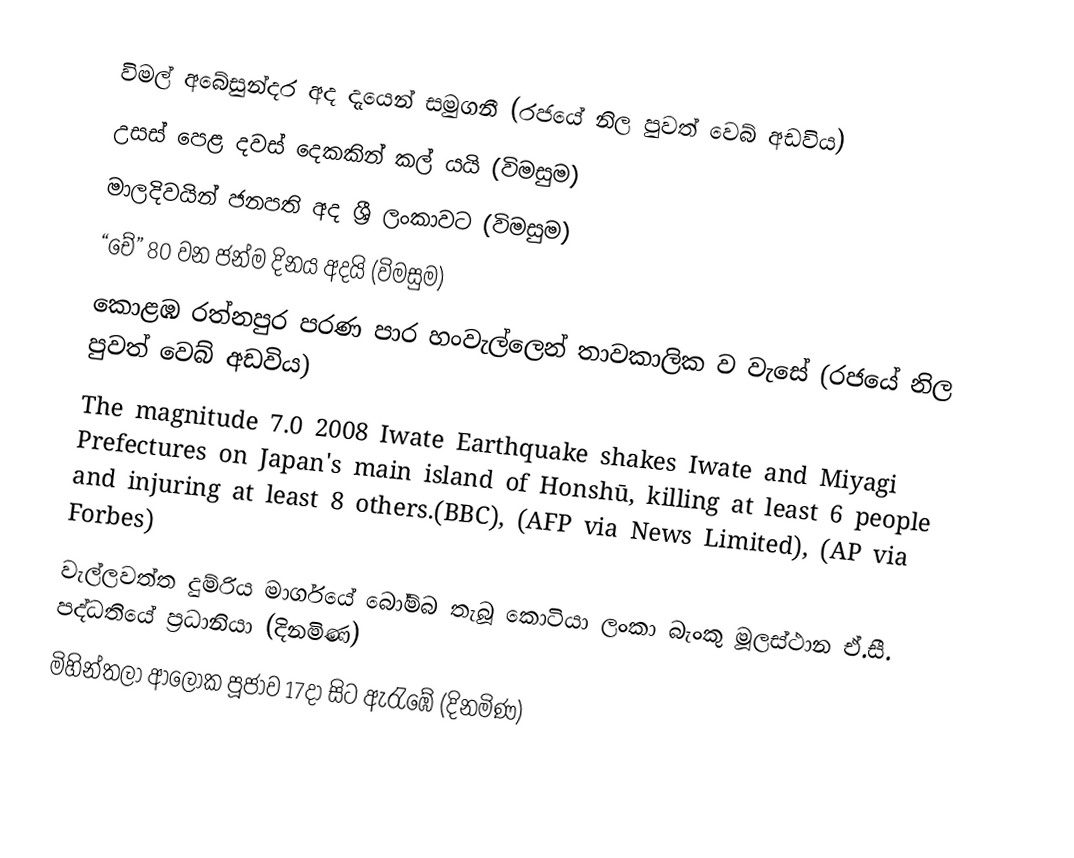
විමල් අබේසුන්දර අද දැයෙන් සමුගනී (රජයේ නිල පුවත් වෙබ් අඩවිය)
 උසස් පෙළ දවස් දෙකකින් කල් යයි (විමසුම)
 මාලදිවයින් ජනපති අද ශ්‍රී ලංකාවට (විමසුම)
 “චේ” 80 වන ජන්ම දිනය අදයි (විමසුම)
 කොළඹ රත්නපුර පරණ පාර හංවැල්ලෙන් තාවකාලික ව වැසේ (රජයේ නිල පුවත් වෙබ් අඩවිය)
 The magnitude 7.0 2008 Iwate Earthquake shakes Iwate and Miyagi Prefectures on Japan's main island of Honshū, killing at least 6 people and injuring at least 8 others.(BBC), (AFP via News Limited), (AP via Forbes)
 වැල්ලවත්ත දුම්රිය මාර්ගයේ බෝම්බ තැබූ කොටියා ලංකා බැංකු මූලස්ථාන ඒ.සී. පද්ධතියේ ප‍්‍රධානියා  (දිනමිණ)
 මිහින්තලා ආලෝක පූජාව 17දා සිට ඇරැඹේ  (දිනමිණ)